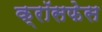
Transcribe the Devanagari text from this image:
क्रॉसफेस